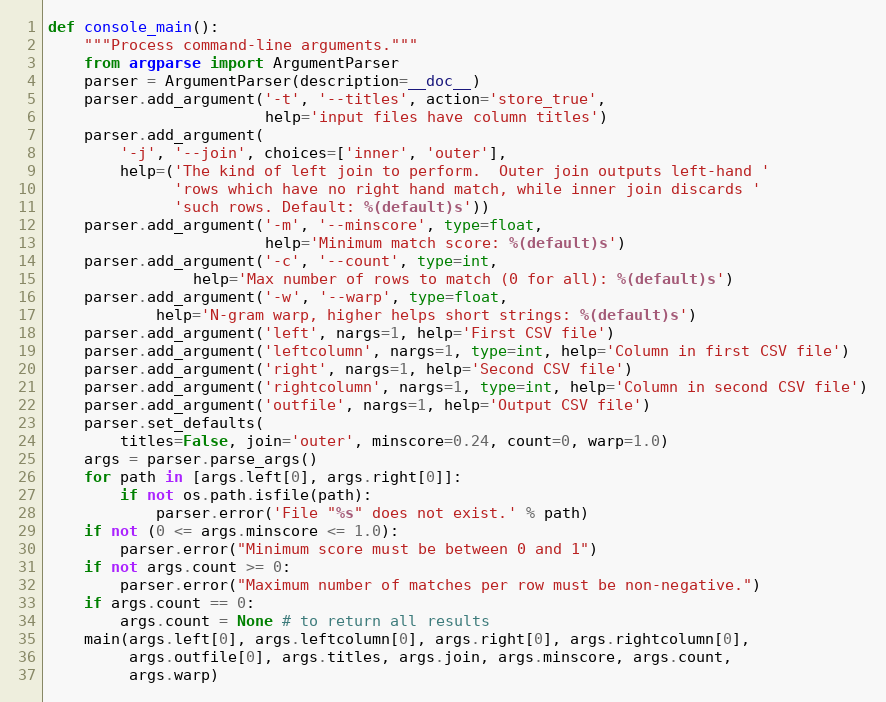
Language: Python
def console_main():
    """Process command-line arguments."""
    from argparse import ArgumentParser
    parser = ArgumentParser(description=__doc__)
    parser.add_argument('-t', '--titles', action='store_true',
                        help='input files have column titles')
    parser.add_argument(
        '-j', '--join', choices=['inner', 'outer'],
        help=('The kind of left join to perform.  Outer join outputs left-hand '
              'rows which have no right hand match, while inner join discards '
              'such rows. Default: %(default)s'))
    parser.add_argument('-m', '--minscore', type=float,
                        help='Minimum match score: %(default)s')
    parser.add_argument('-c', '--count', type=int,
                help='Max number of rows to match (0 for all): %(default)s')
    parser.add_argument('-w', '--warp', type=float,
            help='N-gram warp, higher helps short strings: %(default)s')
    parser.add_argument('left', nargs=1, help='First CSV file')
    parser.add_argument('leftcolumn', nargs=1, type=int, help='Column in first CSV file')
    parser.add_argument('right', nargs=1, help='Second CSV file')
    parser.add_argument('rightcolumn', nargs=1, type=int, help='Column in second CSV file')
    parser.add_argument('outfile', nargs=1, help='Output CSV file')
    parser.set_defaults(
        titles=False, join='outer', minscore=0.24, count=0, warp=1.0)
    args = parser.parse_args()
    for path in [args.left[0], args.right[0]]:
        if not os.path.isfile(path):
            parser.error('File "%s" does not exist.' % path)
    if not (0 <= args.minscore <= 1.0):
        parser.error("Minimum score must be between 0 and 1")
    if not args.count >= 0:
        parser.error("Maximum number of matches per row must be non-negative.")
    if args.count == 0:
        args.count = None # to return all results
    main(args.left[0], args.leftcolumn[0], args.right[0], args.rightcolumn[0],
         args.outfile[0], args.titles, args.join, args.minscore, args.count,
         args.warp)